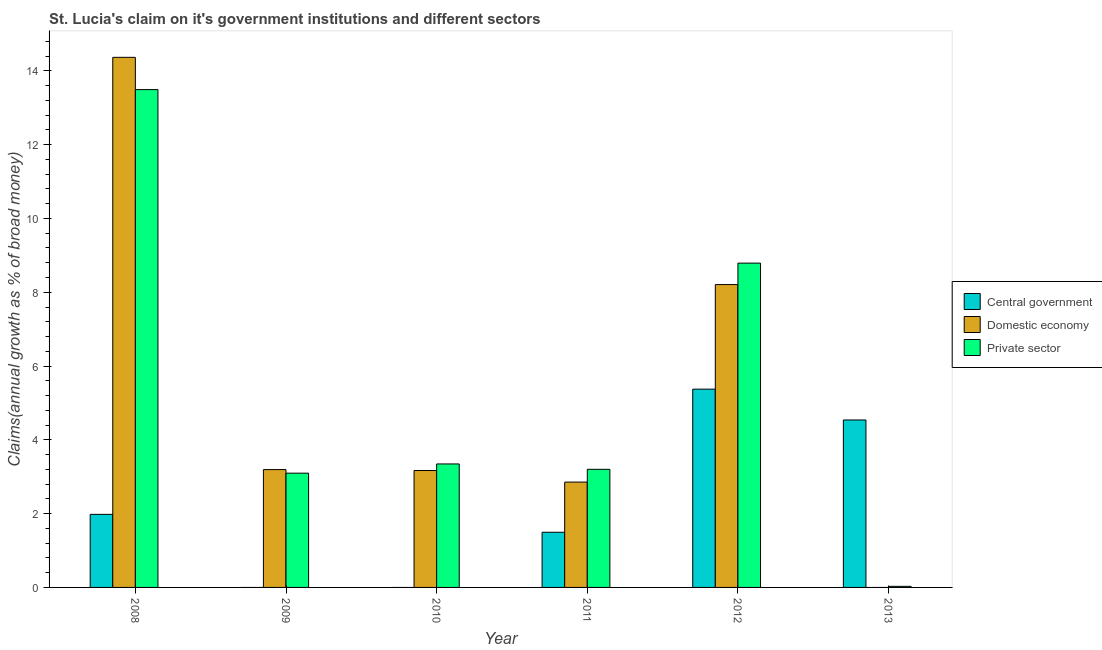
| Year | Central government | Domestic economy | Private sector |
 | --- | --- | --- | --- |
 | 2008 | 1.98 | 14.4 | 13.5 |
 | 2009 | -1.42 | 3.19 | 3.1 |
 | 2010 | -3.42 | 3.17 | 3.35 |
 | 2011 | 1.5 | 2.86 | 3.2 |
 | 2012 | 5.37 | 8.21 | 8.79 |
 | 2013 | 4.54 | -0.687 | 0.0291 |